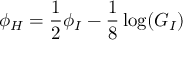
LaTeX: \phi _ { H } = \frac { 1 } { 2 } \phi _ { I } - \frac { 1 } { 8 } \log ( G _ { I } )